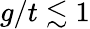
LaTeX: g/t\lesssim 1